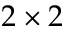
2 \times 2